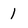
Character: 1